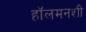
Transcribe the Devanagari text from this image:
हॉलमनशी